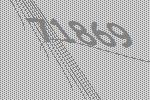
71869